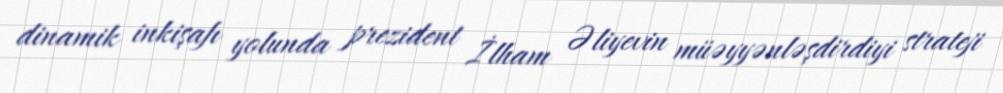
dinamik inkişafı yolunda prezident İlham Əliyevin müəyyənləşdirdiyi strateji